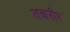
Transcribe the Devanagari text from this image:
तकरीर